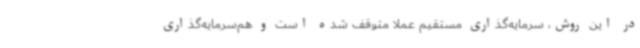
در این روش، سرمایه‌گذاری مستقیم عملاً متوقف شده است و هم‌سرمایه‌گذاری